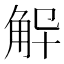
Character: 𮗨